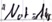
Text: "Not-Aus"